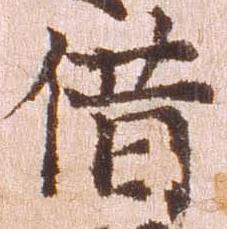
借